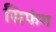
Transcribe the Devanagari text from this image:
सिफंग